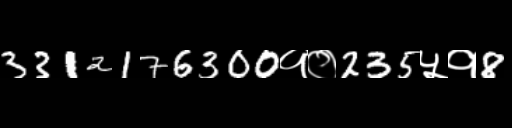
Text: 3312176300१०235५१8